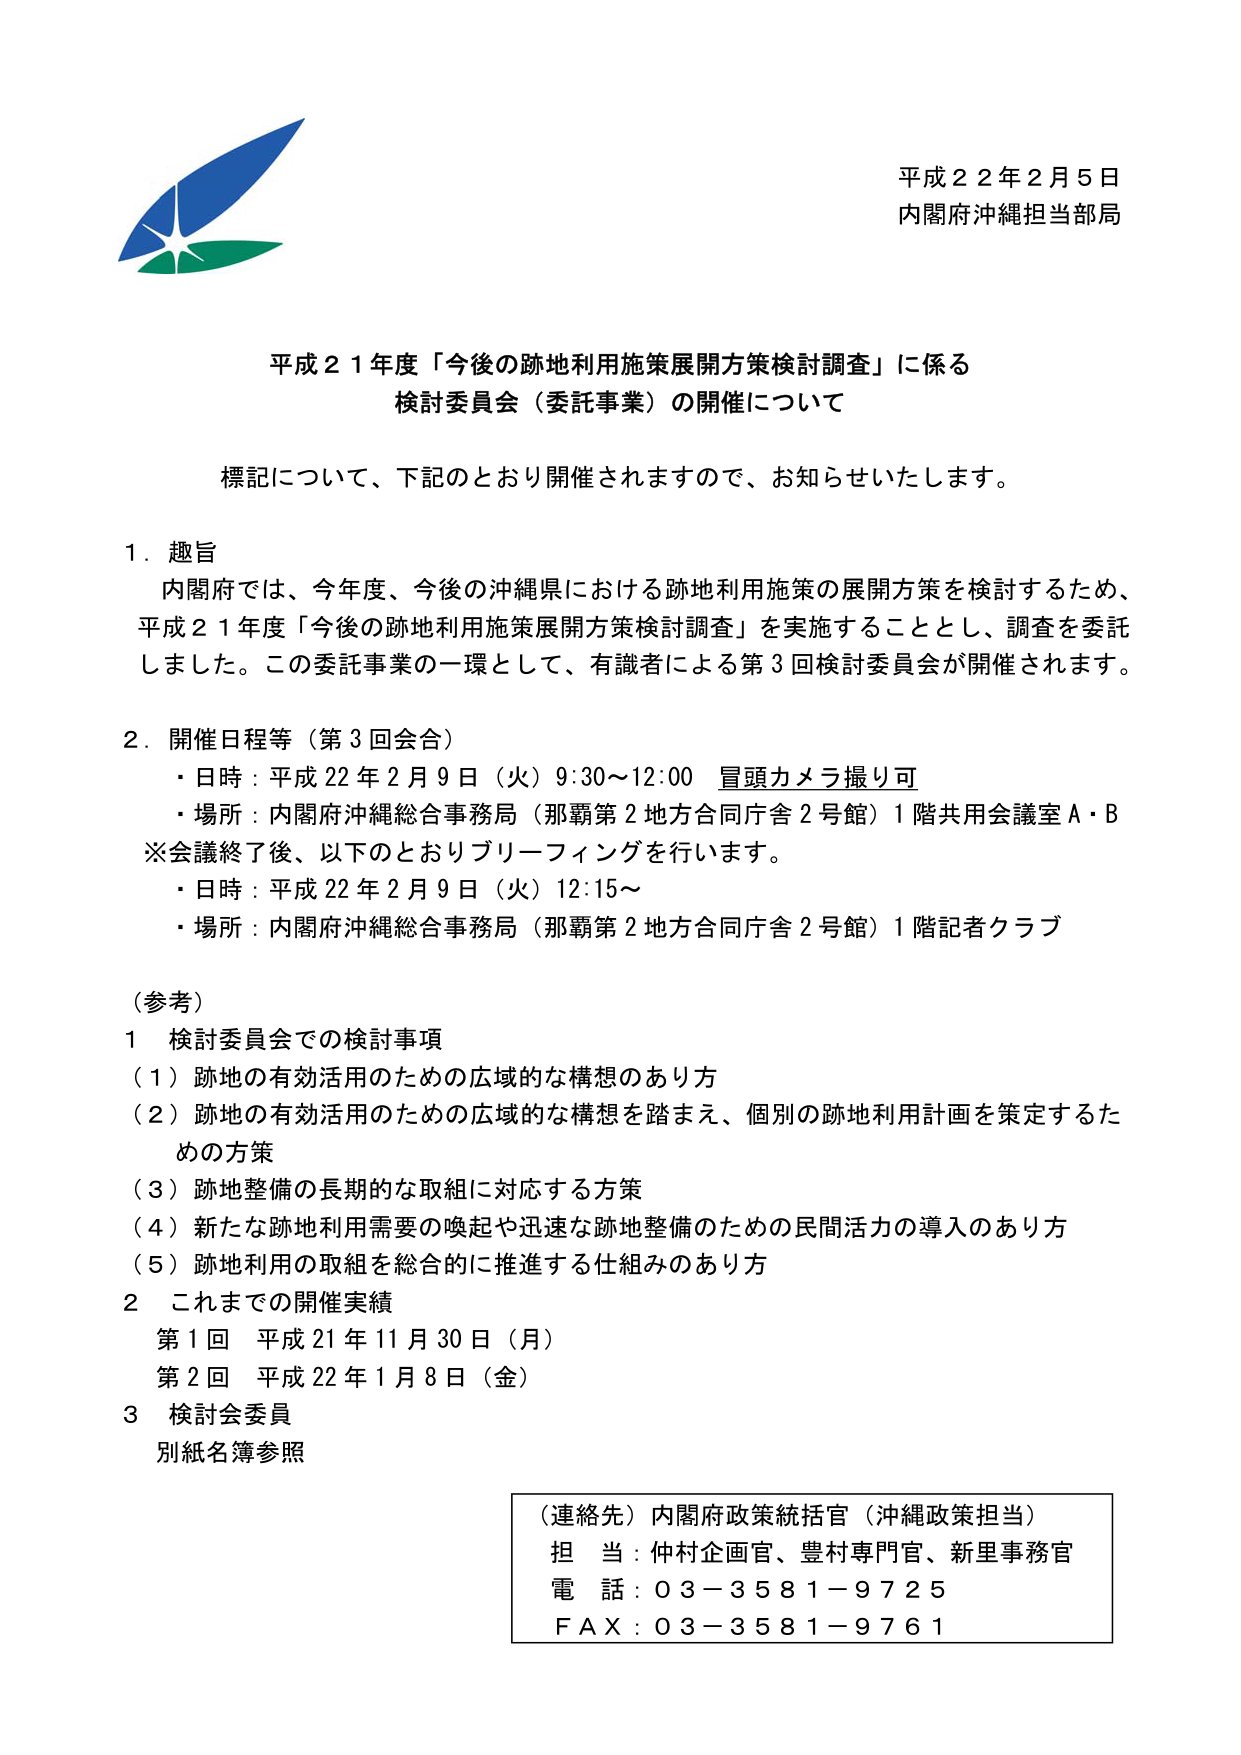
平成２２年２月５日
内閣府沖縄担当部局

平成２１年度「今後の跡地利用施策展開方策検討調査」に係る
検討委員会（委託事業）の開催について

標記について、下記のとおり開催されますので、お知らせいたします。

１．趣旨
内閣府では、今年度、今後の沖縄県における跡地利用施策の展開方策を検討するため、
平成２１年度「今後の跡地利用施策展開方策検討調査」を実施することとし、調査を委託しました。この委託事業の一環として、有識者による第３回検討委員会が開催されます。

２．開催日程等（第３回会合）
・日時：平成22年2月9日（火）9:30～12:00　冒頭カメラ撮り可
・場所：内閣府沖縄総合事務局（那覇第2地方合同庁舎2号館）1階共用会議室A・B
※会議終了後、以下のとおりブリーフィングを行います。
・日時：平成22年2月9日（火）12:15～
・場所：内閣府沖縄総合事務局（那覇第2地方合同庁舎2号館）1階記者クラブ

（参考）
１　検討委員会での検討事項
（１）跡地の有効活用のための広域的な構想のあり方
（２）跡地の有効活用のための広域的な構想を踏まえ、個別の跡地利用計画を策定するための方策
（３）跡地整備の長期的な取組に対応する方策
（４）新たな跡地利用需要の喚起や迅速な跡地整備のための民間活力の導入のあり方
（５）跡地利用の取組を総合的に推進する仕組みのあり方
２　これまでの開催実績
第1回　平成21年11月30日（月）
第2回　平成22年1月8日（金）
３　検討会委員
別紙名簿参照

（連絡先）内閣府政策統括官（沖縄政策担当）
担当：仲村企画官、豊村専門官、新里事務官
電話：０３－３５８１－９７２５
ＦＡＸ：０３－３５８１－９７６１